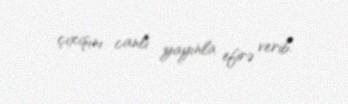
çıxışını canlı yayınla efirə verib.